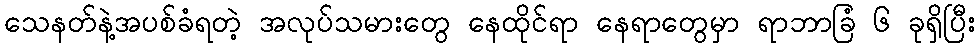
သေနတ်နဲ့အပစ်ခံရတဲ့ အလုပ်သမားတွေ နေထိုင်ရာ နေရာတွေမှာ ရာဘာခြံ ၆ ခုရှိပြီး